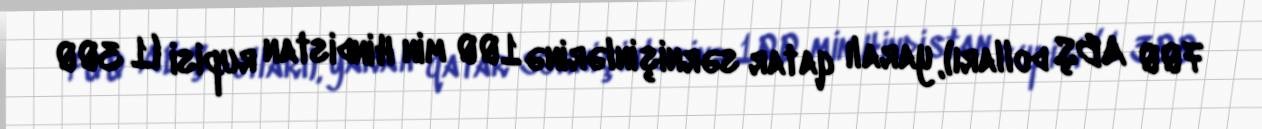
700 ABŞ dolları), yaralı qatar sərnişinlərinə 100 min Hindistan rupisi (1 300